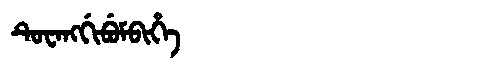
Manchu: ᡨᡠᠸᠠᠩᡤᡳᠪᡠᠮᠪᡳᡥᡝ
Romanization: TUWANGGIBUMBIHE